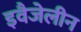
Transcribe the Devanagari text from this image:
इवैजेलीन